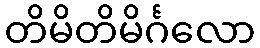
တိမိတိမိင်္ဂလော